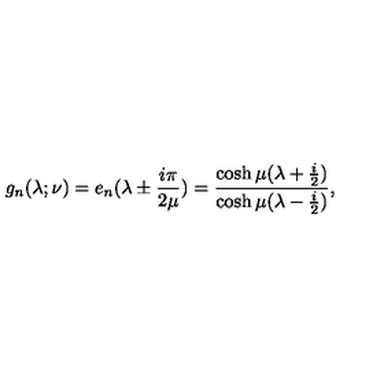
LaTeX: g _ { n } ( \lambda ; \nu ) = e _ { n } ( \lambda \pm { \frac { i \pi } { 2 \mu } } ) = { \frac { \cosh \mu ( \lambda + { \frac { i } { 2 } } ) } { \cosh \mu ( \lambda - { \frac { i } { 2 } } ) } } ,